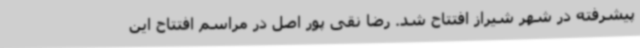
پیشرفته در شهر شیراز افتتاح شد. رضا نقی پور اصل در مراسم افتتاح این